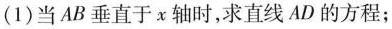
(1)当AB垂直于x轴时，求直线AD的方程；